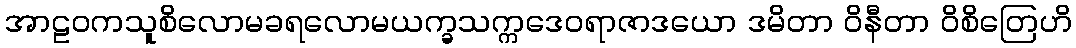
အာဠဝကသူစိလောမခရလောမယက္ခသက္ကဒေဝရာဇာဒယော ဒမိတာ ဝိနီတာ ဝိစိတြေဟိ